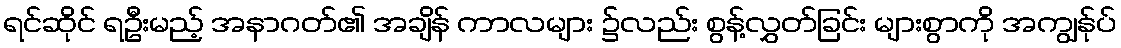
ရင်ဆိုင် ရဦးမည့် အနာဂတ်၏ အချိန် ကာလများ ၌လည်း စွန့်လွှတ်ခြင်း များစွာကို အကျွန်ုပ်